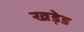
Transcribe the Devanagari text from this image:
खड़ेड